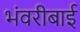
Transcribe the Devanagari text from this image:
भंवरीबाई